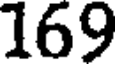
169